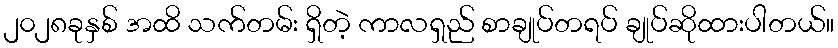
၂၀၂၈ခုနှစ် အထိ သက်တမ်း ရှိတဲ့ ကာလရှည် စာချုပ်တရပ် ချုပ်ဆိုထားပါတယ်။